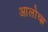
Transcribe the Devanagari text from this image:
आलोच्ह्न